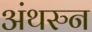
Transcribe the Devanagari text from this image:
अंथरुन